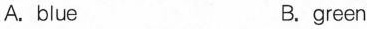
A.blue B.green